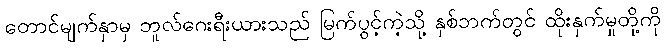
တောင်မျက်နှာမှ ဘူလ်ဂေးရီးယားသည် မြက်ပွင့်ကဲ့သို့ နှစ်ဘက်တွင် ထိုးနှက်မှုတို့ကို